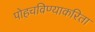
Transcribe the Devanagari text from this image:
पोहचविण्याकरिता